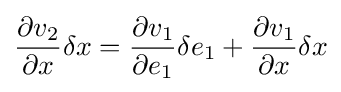
{\frac {\partial v_{2}}{\partial x}}\delta x={\frac {\partial v_{1}}{\partial e_{1}}}\delta e_{1}+{\frac {\partial v_{1}}{\partial x}}\delta x